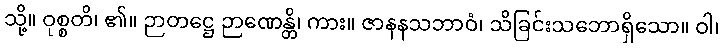
သို့။ ဝုစ္စတိ၊ ၏။ ဉာတဋ္ဌေ ဉာဏေန္တိ၊ ကား။ ဇာနနသဘာဝံ၊ သိခြင်းသဘောရှိသော။ ဝါ၊